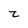
Character: z